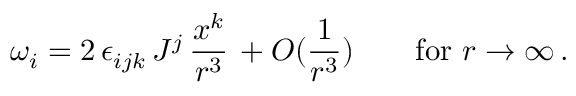
\omega _ { i } = 2 \, \epsilon _ { i j k } \, J ^ { j } \, \frac { x ^ { k } } { r ^ { 3 } } \, + O ( \frac { 1 } { r ^ { 3 } } ) \quad \quad \mathrm { f o r ~ } r \to \infty \, .